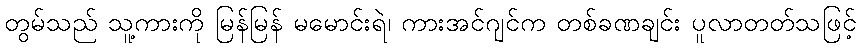
တွမ်သည် သူ့ကားကို မြန်မြန် မမောင်းရဲ၊ ကားအင်ဂျင်က တစ်ခဏချင်း ပူလာတတ်သဖြင့်